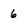
Character: 6